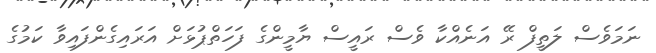
ނަމަވެސް ލަތީފް ރޭ އަނެއްކާ ވެސް ރައީސް ޔާމީންގެ ފަހަތްޕުޅަށް އަރައިގެންފައިވާ ކަމުގެ